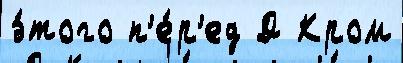
э́того п'е́р'ед Д Кром